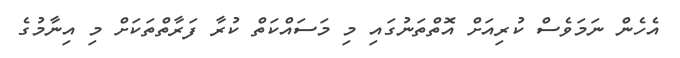
އެހެން ނަމަވެސް ކުރިއަށް އޮތްތަނުގައި މި މަސައްކަތް ކުރާ ފަރާތްތަކަށް މި އިނާމުގެ